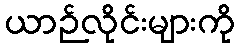
ယာဉ်လိုင်းများကို